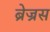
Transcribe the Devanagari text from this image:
ब्रेज्रस